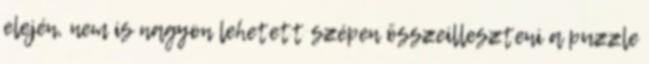
elején, nem is nagyon lehetett szépen összeilleszteni a puzzle